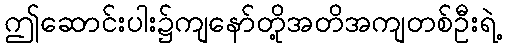
ဤဆောင်းပါး၌ကျနော်တို့အတိအကျတစ်ဦးရဲ့